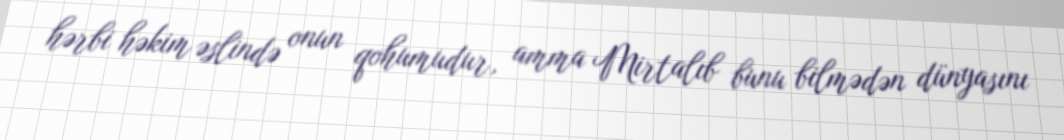
hərbi həkim əslində onun qohumudur, amma Mirtalıb bunu bilmədən dünyasını